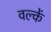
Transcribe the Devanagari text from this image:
वल्कें